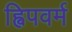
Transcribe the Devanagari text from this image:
ह्विपवर्म